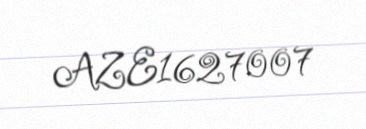
AZE1627007